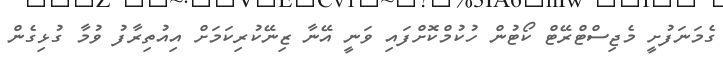
ގެމަނަފުށީ މެޖިސްޓްރޭޓް ކޯޓުން ހުކުމްކޮށްފައި ވަނީ އޭނާ ޒިނޭކުރިކަމަށް އިއުތިރާފު ވުމާ ގުޅިގެން